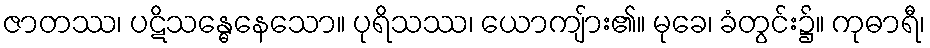
ဇာတဿ၊ ပဋိသန္ဓေနေသော။ ပုရိသဿ၊ ယောကျ်ား၏။ မုခေ၊ ခံတွင်း၌။ ကုဓာရီ၊